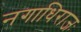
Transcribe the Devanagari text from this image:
नगाधिराजः